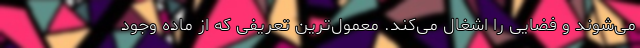
می‌شوند و فضایی را اشغال می‌کند. معمول‌ترین تعریفی که از ماده وجود